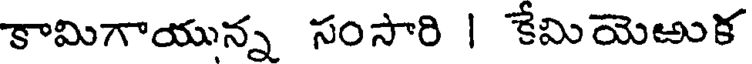
కామిగాయున్న సంసారి | కేమియెఱుక